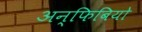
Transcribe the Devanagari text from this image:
अन्फिबियो